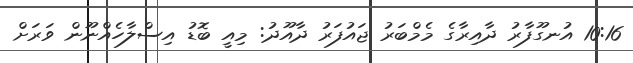
10:16 އުނގޫފާރު ދާއިރާގެ މެމްބަރު ޖައުފަރު ދާއޫދު: މިއީ ބޮޑު އިސްލާހެއްނޫން ވަރަށް